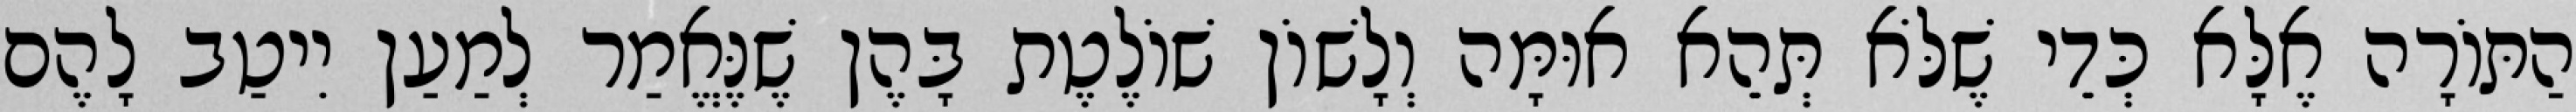
הַתּוֹרָה אֶלָּא כְּדֵי שֶׁלֹּא תְּהֵא אוּמָּה וְלָשׁוֹן שׁוֹלֶטֶת בָּהֶן שֶׁנֶּאֱמַר לְמַעַן יִיטַב לָהֶם